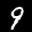
Label: 9